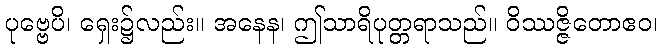
ပုဗ္ဗေပိ၊ ရှေး၌လည်း။ အနေန၊ ဤသာရိပုတ္တရာသည်။ ဝိဿဇ္ဇိတောဧဝ၊